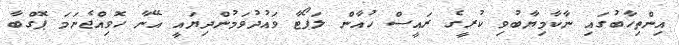
އިންތިހާބުގައި ނާކާމިޔާބުވި ކުރީގެ ރައީސް ހުއާން ލަޕޯޓާ ވައުދުވަމުންދިޔައީ އޭނާ ހޮވިއްޖެނަމަ ޕޮގްބާ